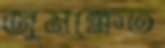
জুমক্ষেত